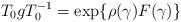
LaTeX: \begin{align*}T_{0}gT_{0}^{-1}=\exp \{\rho (\gamma )F(\gamma )\} \end{align*}